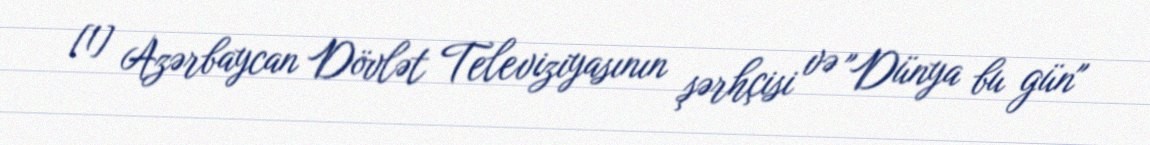
[1] Azərbaycan Dövlət Televiziyasının şərhçisi və "Dünya bu gün"